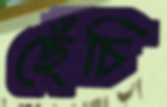
ছেঁচি